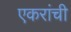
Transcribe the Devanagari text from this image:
एकरांची